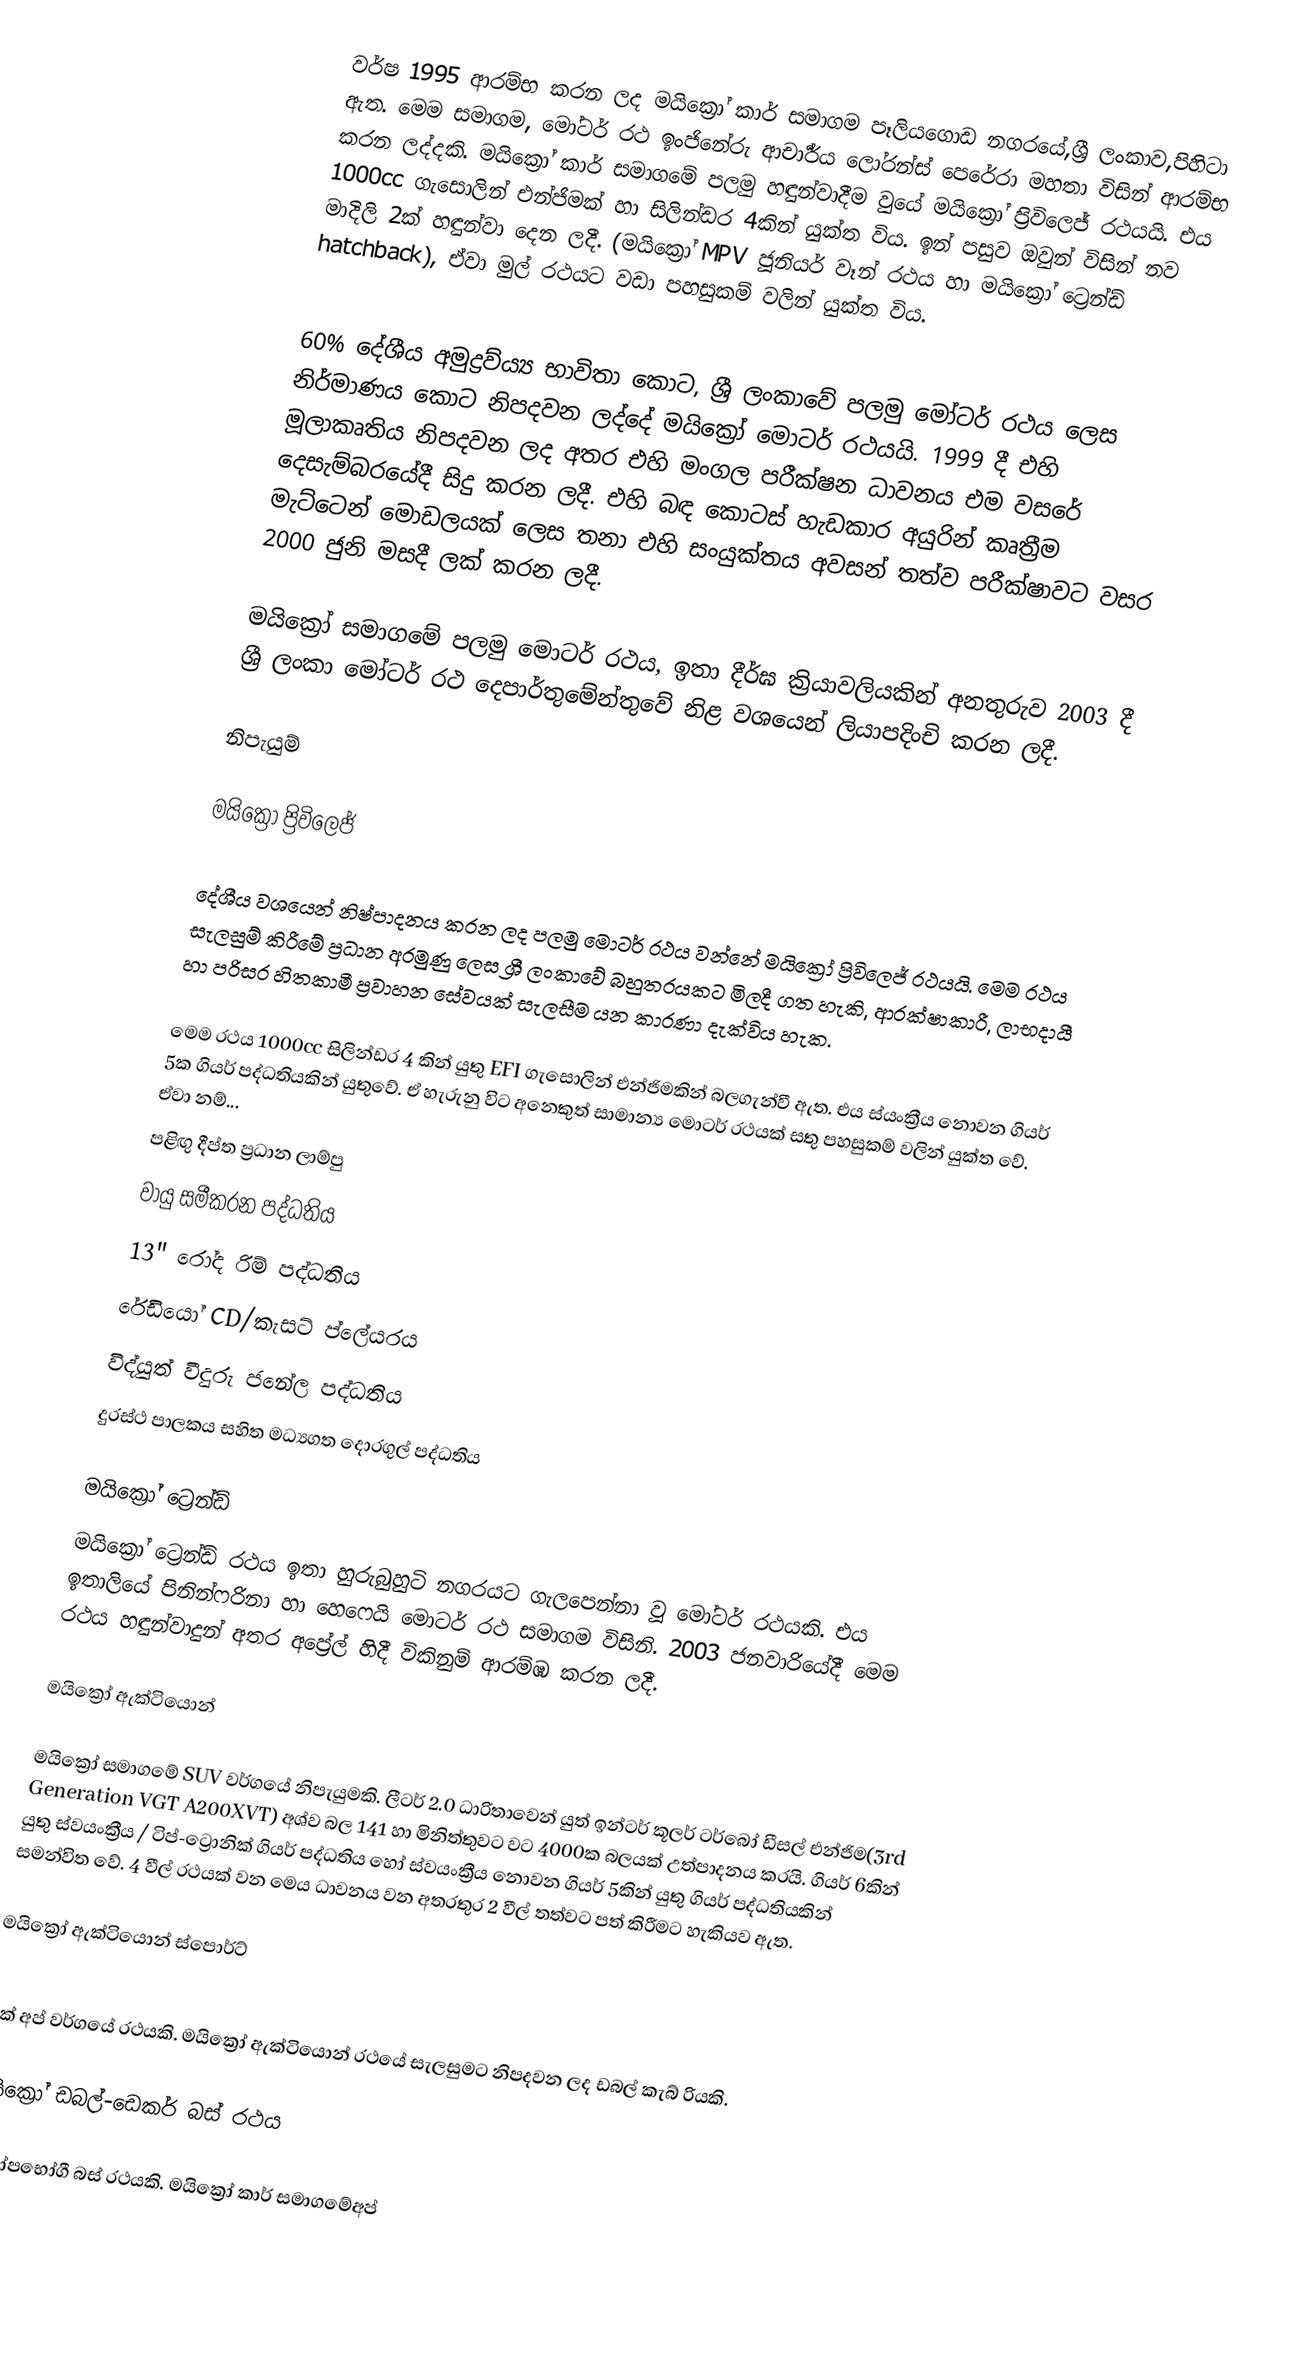
වර්ෂ 1995 ආරම්භ කරන ලද මයික්‍රෝ කාර් සමාගම පෑලියගොඩ නගරයේ,ශ්‍රී ලංකාව,පිහිටා ඇත. මෙම සමාගම, මෝටර් රථ ඉංජිනේරු ආචාර්‍ර්ය ලෝරන්ස් පෙරේරා මහතා විසින් ආරම්භ කරන ලද්දකි. මයික්‍රෝ කාර් සමාගමේ පලමු හඳුන්වාදීම වුයේ මයික්‍රෝ ප්‍රිවිලෙජ් රථයයි. එය 1000cc ගැසොලින් එන්ජිමක් හා සිලින්ඩර 4කින් යුක්ත විය. ඉන් පසුව ඔවුන් විසින් නව මාදිලි 2ක් හඳුන්වා දෙන ලදී. (මයික්‍රෝ MPV ජූනියර් වෑන් රථය හා  මයික්‍රෝ ට්‍රෙන්ඩ් hatchback), ඒවා මුල් රථයට වඩා පහසුකම් වලින් යුක්ත විය.

60% දේශීය අමුද්‍රව්ය්‍ය භාවිතා කොට, ශ්‍රී ලංකාවේ පලමු මෝටර් රථය ලෙස නිර්මාණය කොට නිපදවන ලද්දේ මයික්‍රෝ මොටර් රථයයි. 1999 දී එහි මූලාකෘතිය නිපදවන ලද අතර එහි මංගල පරීක්ෂන ධාවනය එම වසරේ දෙසැම්බරයේදී සිදු කරන ලදී. එහි බඳ කොටස් හැඩකාර අයුරින් කෘත්‍රීම මැට්ටෙන් මොඩලයක් ලෙස තනා එහි සංයුක්තය අවසන් තත්ව පරීක්ෂාවට වසර 2000 ජුනි මසදී ලක් කරන ලදී.

මයික්‍රෝ සමාගමේ පලමු මොටර් රථය, ඉතා දීර්ඝ ක්‍රියාවලියකින් අනතුරුව 2003 දී ශ්‍රී ලංකා මෝටර් රථ දෙපාර්තුමේන්තුවේ නිළ වශයෙන් ලියාපදිංචි කරන ලදී.

නිපැයුම්

මයික්‍රෝ ප්‍රිවිලෙජ්

දේශීය වශයෙන් නිෂ්පාදනය කරන ලද පලමු මොටර් රථය වන්නේ මයික්‍රෝ ප්‍රිවිලෙජ් රථයයි. මෙම රථය සැලසුම් කිරීමේ ප්‍රධාන අරමුණු ලෙස ශ්‍රී ලංකාවේ බහුතරයකට මිලදී ගත හැකි, ආරක්ෂාකාරී, ලාභදායී හා පරිසර හිතකාමී ප්‍රවාහන සේවයක් සැලසීම යන කාරණා දැක්විය හැක.

මෙම රථය 1000cc සිලින්ඩර 4 කින් යුතු EFI ගැසොලින් එන්ජිමකින් බලගැන්වී ඇත. එය ස්යංක්‍රීය නොවන ගියර් 5ක ගියර් පද්ධතියකින් යුතුවේ. ඒ හැරුනු විට අනෙකුත් සාමාන්‍ය මොටර් රථයක් සතු පහසුකම් වලින් යුක්ත වේ. ඒවා නම්...
 පළිඟු දීප්ත ප්‍රධාන ලාම්පු
 වායු සමීකරන පද්ධතිය
 13" රෝද රිම් පද්ධතිය
 රේඩියෝ CD/කැසට් ප්ලේයරය
 විද්යුත් වීදුරු ජනේල පද්ධතිය
 දුරස්ථ පාලකය සහිත මධ්‍යගත දොරගුල් පද්ධතිය

මයික්‍රෝ ට්‍රෙන්ඩ්
මයික්‍රෝ ට්‍රෙන්ඩ් රථය ඉතා හුරුබුහුටි නගරයට ගැලපෙන්නා වූ මෝටර් රථයකි. එය ඉතාලියේ පිනින්ෆරිනා හා හෙෆෙයි මොටර් රථ සමාගම විසිනි. 2003 ජනවාරියේදී මෙම රථය හඳුන්වාදුන් අතර අප්‍රේල් හිදී විකිනුම් ආරම්ඹ කරන ලදී.

මයික්‍රෝ ඇක්ටියොන්

මයික්‍රෝ සමාගමේ SUV වර්ගයේ නිපැයුමකි. ලීටර් 2.0 ධාරිතාවෙන් යුත් ඉන්ටර් කූලර් ටර්බෝ ඩීසල් එන්ජිම(3rd Generation VGT A200XVT) අශ්ව බල 141 හා මිනිත්තුවට වට 4000ක බලයක් උත්පාදනය කරයි. ගියර් 6කින් යුතු ස්වයංක්‍රීය / ටිප්-ට්‍රොනික් ගියර් පද්ධතිය හෝ ස්වයංක්‍රීය නොවන ගියර් 5කින් යුතු ගියර් පද්ධතියකින් සමන්විත වේ. 4 වීල් රථයක් වන මෙය ධාවනය වන අතරතුර 2 වීල් තත්වට පත් කිරීමට හැකියව ඇත.

මයික්‍රෝ ඇක්ටියොන් ස්පොර්ට්

පික් අප් වර්ගයේ රථයකි. මයික්‍රෝ ඇක්ටියොන් රථයේ සැලසුමට නිපදවන ලද ඩබල් කැබ් රියකි.

මයික්‍රෝ ඩබල්-ඩෙකර් බස් රථය

සුඛෝපභෝගී බස් රථයකි. මයික්‍රෝ කාර් සමාගමේඅප්